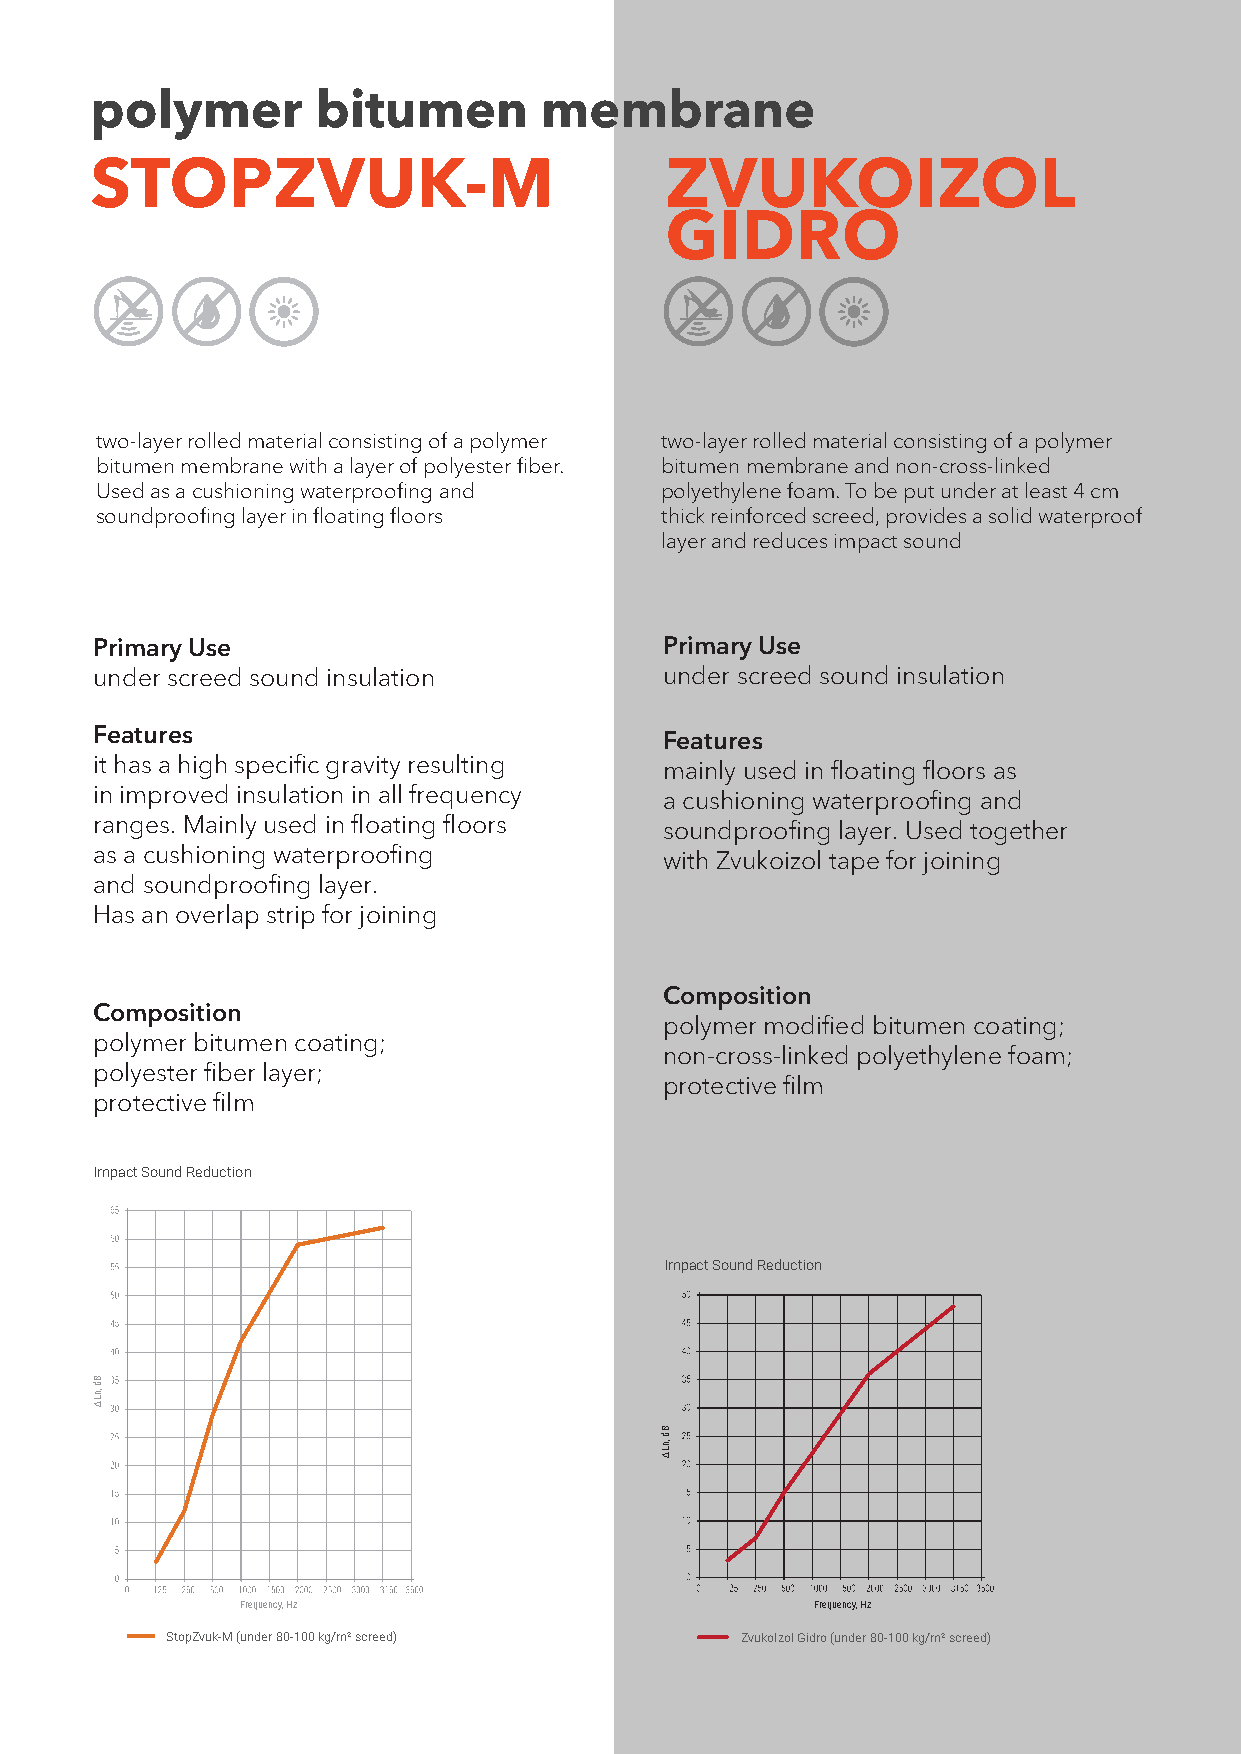
polymer        bitumen        membrane
 STOPZVUK-M                            ZVUKOIZOL
 GIDRO
 two-layer rolled material consisting of a polymer two-layer rolled material consisting of a polymer
 bitumen membrane with a layer of polyester fiber. bitumen membrane and non-cross-linked
 Used as a cushioning waterproofing and polyethylene foam. To be put under at least 4 cm
 soundproofing layer in floating floors thick reinforced screed, provides a solid waterproof
 layer and reduces impact sound
 Primary Use                           Primary Use
 under screed sound insulation         under screed sound insulation
 Features
 Features
 it has a high specific gravity resulting
 mainly used in floating floors as
 in improved insulation in all frequency
 a cushioning waterproofing and
 ranges. Mainly used in floating floors
 soundproofing layer. Used together
 as a cushioning waterproofing
 with Zvukoizol tape for joining
 and soundproofing layer.
 Has an overlap strip for joining
 Composition
 Composition
 polymer modified bitumen coating;
 polymer bitumen coating;
 non-cross-linked polyethylene foam;
 polyester fiber layer;
 protective film
 protective film
 Impact Sound Reduction
 Impact Sound Reduction
 Bd
 ,nL∆
 Bd
 ,nL∆
 Frequency, Hz                         Frequency, Hz
 StopZvuk-M (under 80-100 kg/m² screed) ZvukoIzol Gidro (under 80-100 kg/m² screed)